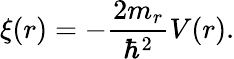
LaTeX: \xi(r)=-\frac{2m_{r}}{\hbar^{2}}V(r).